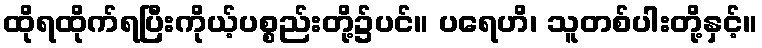
ထိုရထိုက်ရပြီးကိုယ့်ပစ္စည်းတို့၌ပင်။ ပရေဟိ၊ သူတစ်ပါးတို့နှင့်။